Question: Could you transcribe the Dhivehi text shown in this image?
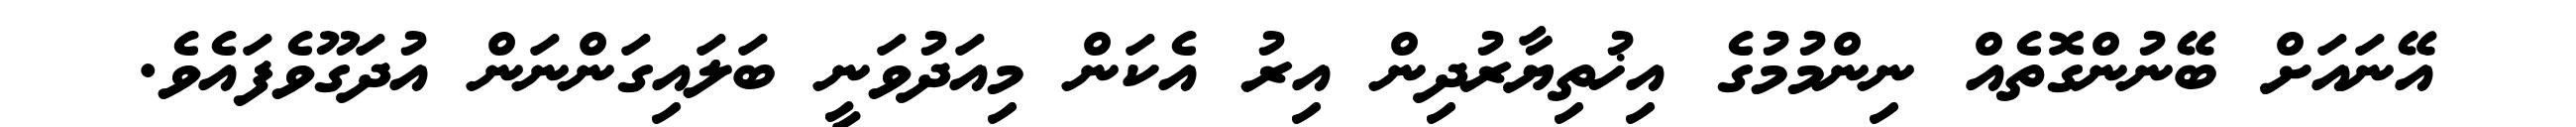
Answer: އޭނައަށް ބޭނުންގޮތެއް ނިންމުމުގެ އިޚުތިޔާރުދިން އިރު އެކަން މިއަދުވަނީ ބަލައިގަންނަން އުދަގޫވެފައެވެ.